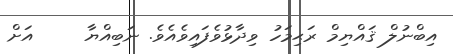
އިބްނުލް ޤައްޔިމް ރަޙިމަހު ވިދާޅުވެފައިވެއެވެ. ނަބިއްޔާ     އަށް